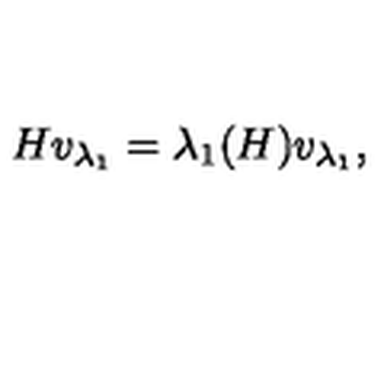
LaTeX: H v _ { \lambda _ { 1 } } = \lambda _ { 1 } ( H ) v _ { \lambda _ { 1 } } ,